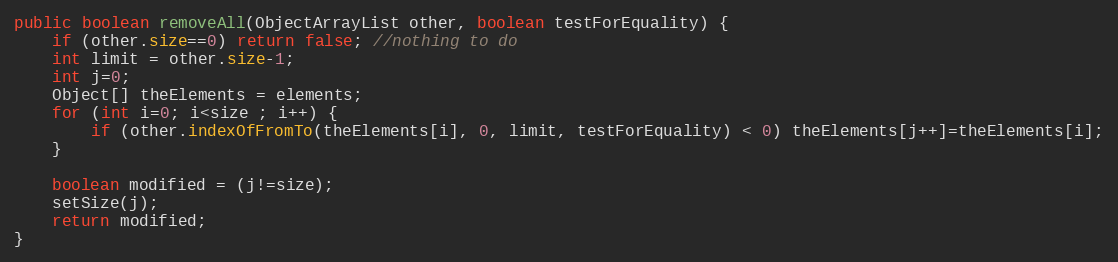
Language: Java
public boolean removeAll(ObjectArrayList other, boolean testForEquality) {
	if (other.size==0) return false; //nothing to do
	int limit = other.size-1;
	int j=0;
	Object[] theElements = elements;
	for (int i=0; i<size ; i++) {
		if (other.indexOfFromTo(theElements[i], 0, limit, testForEquality) < 0) theElements[j++]=theElements[i];
	}

	boolean modified = (j!=size);
	setSize(j);
	return modified;
}